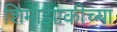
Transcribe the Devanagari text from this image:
शिमाझाकीच्या